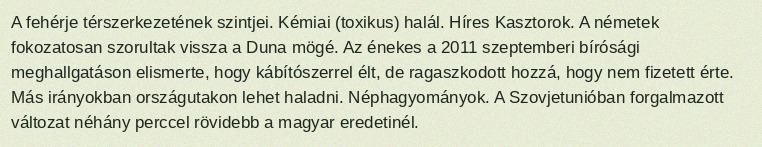
A fehérje térszerkezetének szintjei. Kémiai (toxikus) halál. Híres Kasztorok. A németek fokozatosan szorultak vissza a Duna mögé. Az énekes a 2011 szeptemberi bírósági meghallgatáson elismerte, hogy kábítószerrel élt, de ragaszkodott hozzá, hogy nem fizetett érte. Más irányokban országutakon lehet haladni. Néphagyományok. A Szovjetunióban forgalmazott változat néhány perccel rövidebb a magyar eredetinél.